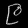
Digit: ၉